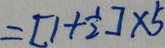
= [ 1 + \frac { 1 } { 2 } ] \times 5